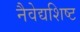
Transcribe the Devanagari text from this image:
नैवेद्यशिष्ट